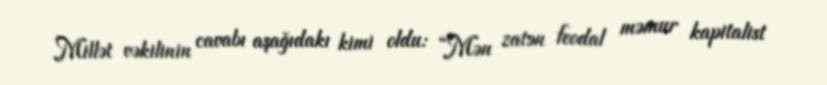
Millət vəkilinin cavabı aşağıdakı kimi oldu: “Mən zatən feodal məmur kapitalist